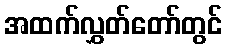
အထက်လွှတ်တော်တွင်